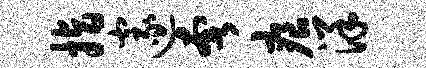
指邃奢痕洋